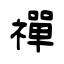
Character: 禪